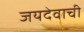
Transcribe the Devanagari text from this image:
जयदेवाची